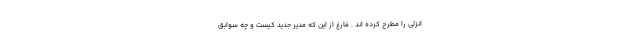
انزلی را مطرح کرده اند . فارغ از این که مدیر جدید کیست و چه سوابق